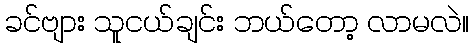
ခင်ဗျား သူငယ်ချင်း ဘယ်တော့ လာမလဲ။